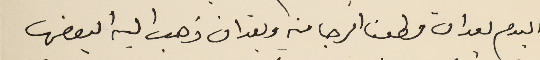
اليوم بعد ان قطعنا الرجا منه وبعد ان ذهب اليه البعض